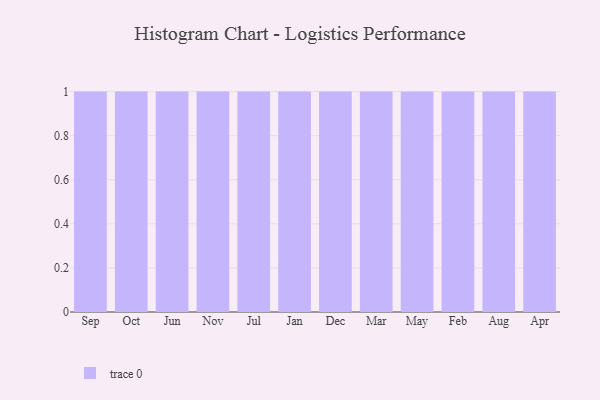
{"axis": {"x": "Month", "y": "Backlog"}, "legend": [""], "data": [{"x": "Sep", "y": 6, "type": ""}, {"x": "Oct", "y": 45, "type": ""}, {"x": "Jun", "y": 32, "type": ""}, {"x": "Nov", "y": 54, "type": ""}, {"x": "Jul", "y": 86, "type": ""}, {"x": "Jan", "y": 80, "type": ""}, {"x": "Dec", "y": 60, "type": ""}, {"x": "Mar", "y": 66, "type": ""}, {"x": "May", "y": 6, "type": ""}, {"x": "Feb", "y": 35, "type": ""}, {"x": "Aug", "y": 82, "type": ""}, {"x": "Apr", "y": 83, "type": ""}]}